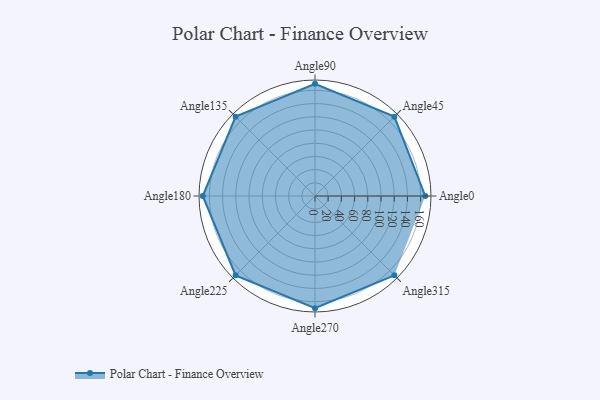
{"axis": {"x": "Angle", "y": "Radius"}, "legend": [""], "data": [{"x": "Angle0", "y": 167.0, "type": ""}, {"x": "Angle45", "y": 170, "type": ""}, {"x": "Angle90", "y": 170, "type": ""}, {"x": "Angle135", "y": 170.0, "type": ""}, {"x": "Angle180", "y": 170, "type": ""}, {"x": "Angle225", "y": 170, "type": ""}, {"x": "Angle270", "y": 170, "type": ""}, {"x": "Angle315", "y": 170, "type": ""}]}